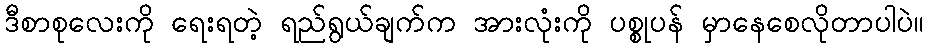
ဒီစာစုလေးကို ရေးရတဲ့ ရည်ရွယ်ချက်က အားလုံးကို ပစ္စုပန် မှာနေစေလိုတာပါပဲ။